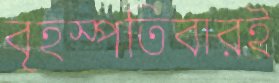
বৃহস্পতিবারই